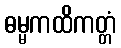
ဓမ္မကထိကတ္တံ